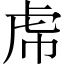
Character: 𧆞